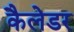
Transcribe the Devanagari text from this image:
कैलेडर